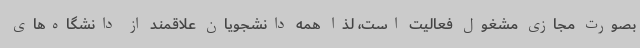
بصورت مجازی مشغول فعالیت است، لذا همه دانشجویان علاقمند از دانشگاه‌های